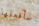
سأفعلها